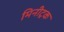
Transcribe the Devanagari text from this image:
मिनीट्रक